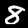
Label: 8